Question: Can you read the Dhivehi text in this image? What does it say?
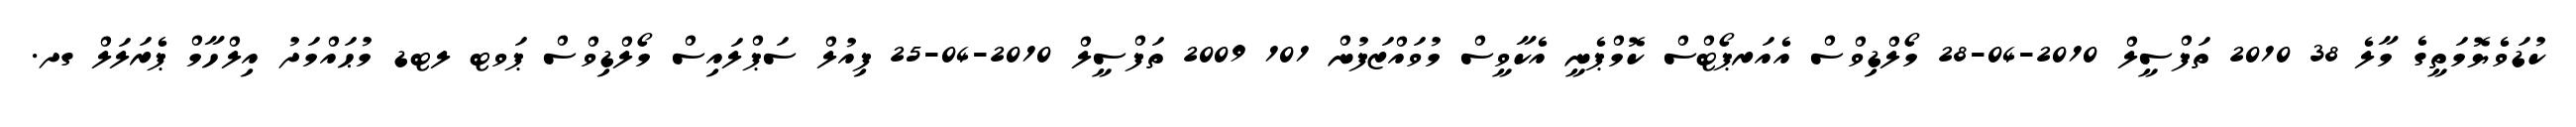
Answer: ކުޑަވެޔޮމަތީގެ މާލެ 38 2010 ތަފްސީލް 2010-04-28 މޯލްޑިވްސް އެއަރޕޯޓްސް ކޮމްޕެނީ އެކާވީސް މުވައްޒަފުން 101 2009 ތަފްސީލް 2010-04-25 ފިއުލް ސަޕްލައިސް މޯލްޑިވްސް ޕަވޓ ލޓޑ މުޙައްމަދު އިލްހާމް ޕެރަލަލް ގދ.